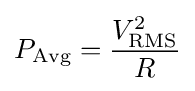
P_{\text{Avg}}={V_{\text{RMS}}^{2} \over R}